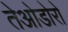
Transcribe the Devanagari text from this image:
तेओडोरो